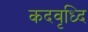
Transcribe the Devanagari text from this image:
कदवृध्दि